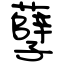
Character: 孽